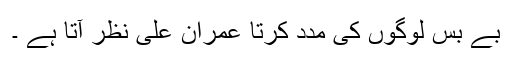
بے بس لوگوں کی مدد کرتا عمران علی نظر آتا ہے ۔